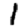
Digit: 1